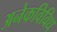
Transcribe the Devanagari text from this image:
अनेकविविध